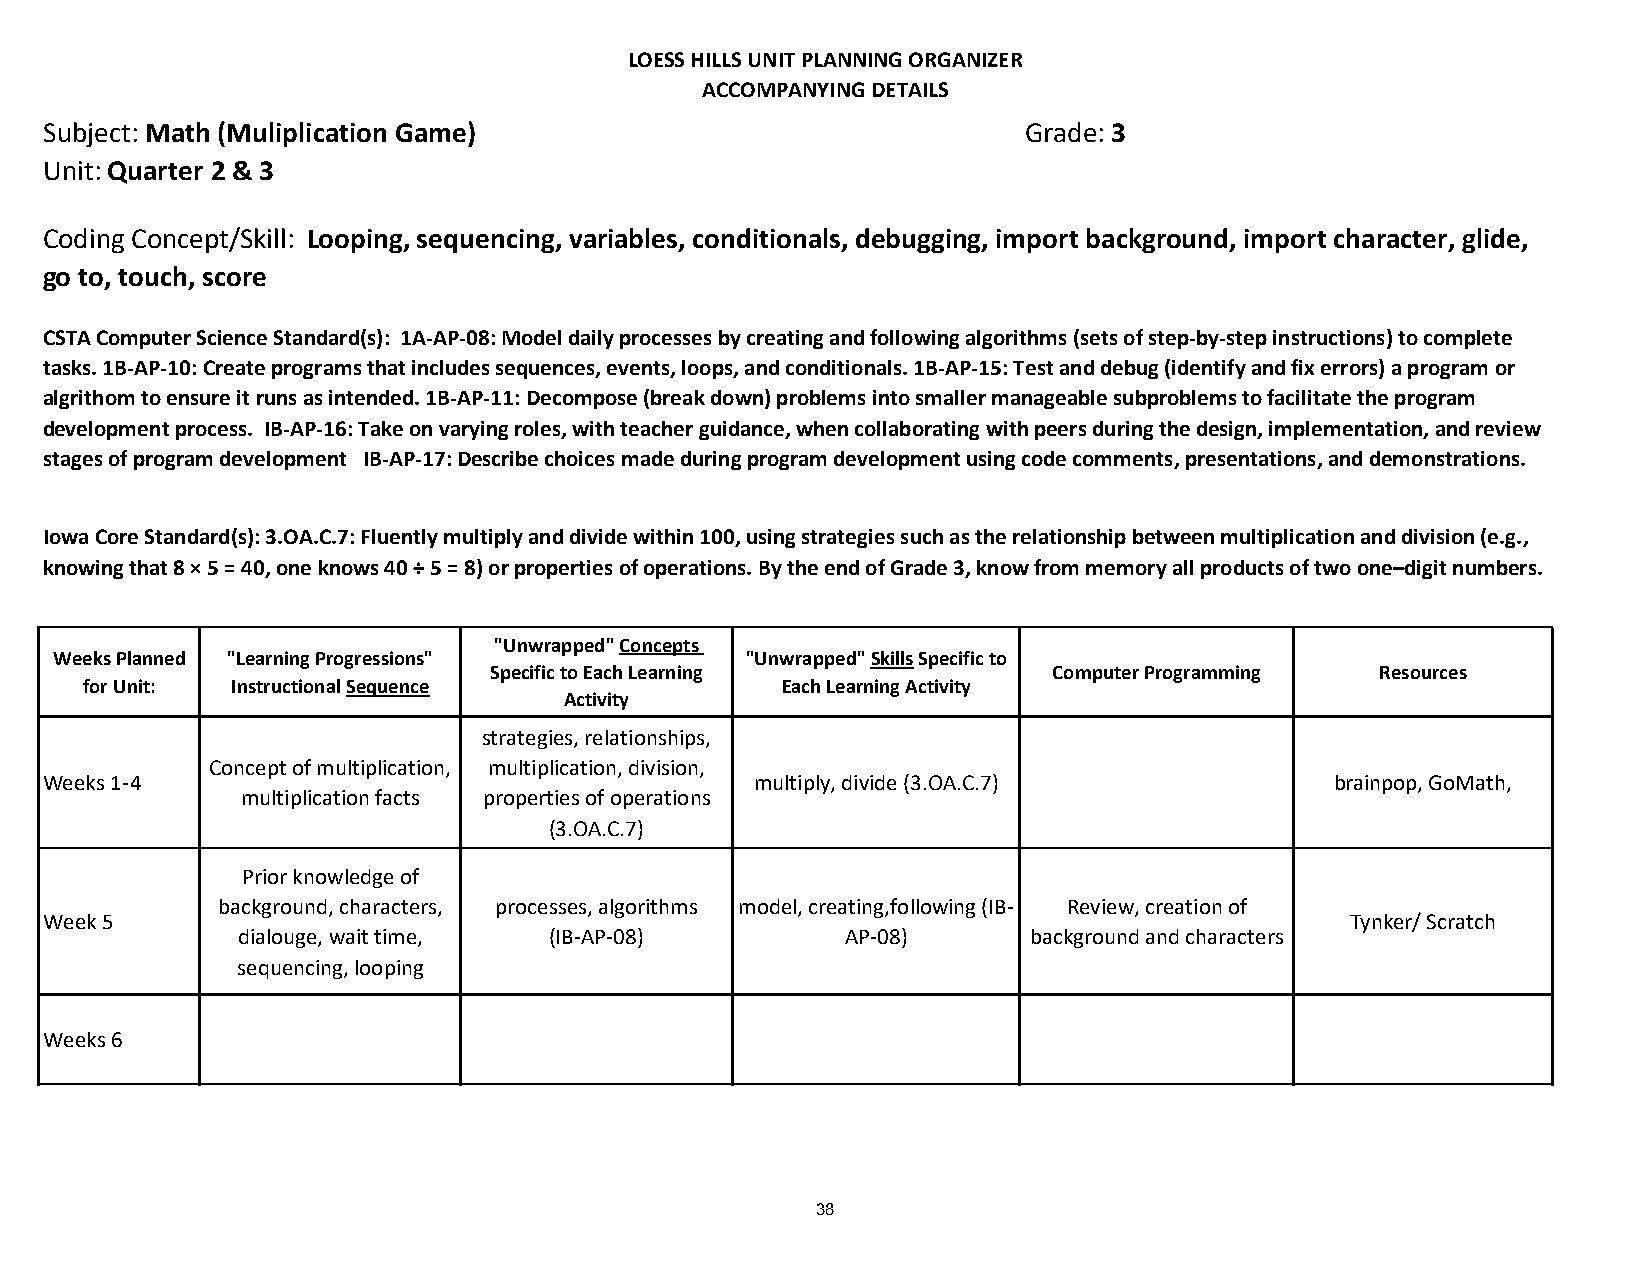
LOESS HILLS UNIT PLANNING ORGANIZER
 ACCOMPANYING DETAILS
 Subject: Math (Muliplication Game)                               Grade: 3
 Unit: Quarter 2 & 3
 Coding Concept/Skill: Looping, sequencing, variables, conditionals, debugging, import background, import character, glide,
 go to, touch, score
 CSTA Computer Science Standard(s): 1A-AP-08: Model daily processes by creating and following algorithms (sets of step-by-step instructions) to complete
 tasks. 1B-AP-10: Create programs that includes sequences, events, loops, and conditionals. 1B-AP-15: Test and debug (identify and fix errors) a program or
 algrithom to ensure it runs as intended. 1B-AP-11: Decompose (break down) problems into smaller manageable subproblems to facilitate the program
 development process. IB-AP-16: Take on varying roles, with teacher guidance, when collaborating with peers during the design, implementation, and review
 stages of program development IB-AP-17: Describe choices made during program development using code comments, presentations, and demonstrations.
 Iowa Core Standard(s): 3.OA.C.7: Fluently multiply and divide within 100, using strategies such as the relationship between multiplication and division (e.g.,
 knowing that 8 × 5 = 40, one knows 40 ÷ 5 = 8) or properties of operations. By the end of Grade 3, know from memory all products of two one–digit numbers.
 "Unwrapped" Concepts
 Weeks Planned "Learning Progressions"         "Unwrapped" Skills Specific to
 Specific to Each Learning             Computer Programming Resources
 for Unit: Instructional Sequence               Each Learning Activity
 Activity
 strategies, relationships,
 Concept of multiplication, multiplication, division,
 Weeks 1-4                                      multiply, divide (3.OA.C.7)           brainpop, GoMath,
 multiplication facts properties of operations
 (3.OA.C.7)
 Prior knowledge of
 background, characters, processes, algorithms model, creating,following (IB- Review, creation of
 Week 5                                                                                Tynker/ Scratch
 dialouge, wait time, (IB-AP-08)         AP-08)      background and characters
 sequencing, looping
 Weeks 6
 38